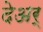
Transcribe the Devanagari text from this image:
देअर्